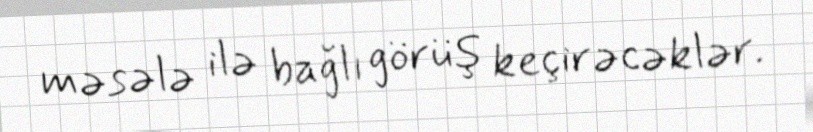
məsələ ilə bağlı görüş keçirəcəklər.